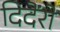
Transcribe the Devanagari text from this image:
दिदेंरो